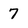
Character: 7